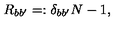
R _ { b b ^ { \prime } } = : \delta _ { b b ^ { \prime } } N - 1 ,